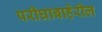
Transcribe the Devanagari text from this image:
परीघाबाहेरील